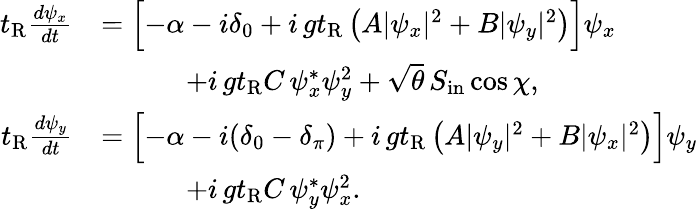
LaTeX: \begin{array}{rl}{t_{\mathrm{R}}\frac{d\psi_{x}}{dt}}&{=\Bigl[-\alpha-i\delta_{0}+i\, gt_{\mathrm{R}}\left(A|\psi_{x}|^{2}+B|\psi_{y}|^{2}\right)\Bigr]\psi_{x}}\\ &{\qquad\quad+i\, gt_{\mathrm{R}}C\, \psi_{x}^{*}\psi_{y}^{2}+\sqrt{\theta}\, S_{\mathrm{in}}\cos\chi,}\\ {t_{\mathrm{R}}\frac{d\psi_{y}}{dt}}&{=\Bigl[-\alpha-i(\delta_{0}-\delta_{\pi})+i\, gt_{\mathrm{R}}\left(A|\psi_{y}|^{2}+B|\psi_{x}|^{2}\right)\Bigr]\psi_{y}}\\ &{\qquad\quad+i\, gt_{\mathrm{R}}C\, \psi_{y}^{*}\psi_{x}^{2}.}\end{array}